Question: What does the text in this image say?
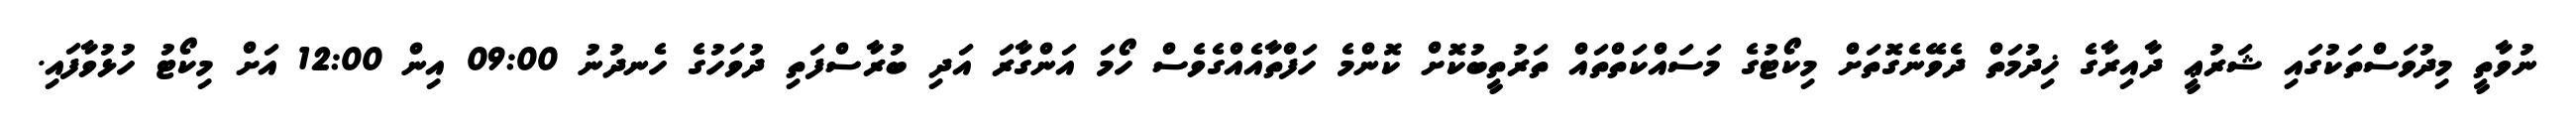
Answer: ނުވާތީ މިދުވަސްތަކުގައި ޝަރުޢީ ދާއިރާގެ ޚިދުމަތް ދެވޭނެގޮތަށް މިކޯޓުގެ މަސައްކަތްތައް ތަރުތީބުކޮށް ކޮންމެ ހަފްތާއެއްގެވެސް ހޯމަ އަންގާރަ އަދި ބުރާސްފަތި ދުވަހުގެ ހެނދުނު 09:00 އިން 12:00 އަށް މިކޯޓު ހުޅުވާފައި.